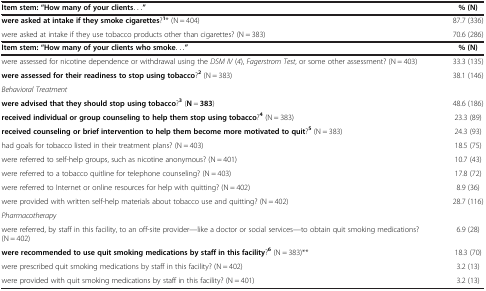
| Item stem: “How many of your clients...” | % (N) |
 | --- | --- |
 | were asked at intake if they smoke cigarettes?1* (N = 404) | 87.7 (336) |
 | were asked at intake if they use tobacco products other than cigarettes? (N = 383) | 70.6 (286) |
 | Item stem: “How many of your clients who smoke...” | % (N) |
 | were assessed for nicotine dependence or withdrawal using the DSM IV (4), Fagerstrom Test, or some other assessment? (N = 403) | 33.3 (135) |
 | were assessed for their readiness to stop using tobacco?2 (N = 383) | 38.1 (146) |
 | <COLSPAN=2> Behavioral Treatment |
 | were advised that they should stop using tobacco?3 (N = 383) | 48.6 (186) |
 | received individual or group counseling to help them stop using tobacco?4 (N = 383) | 23.3 (89) |
 | received counseling or brief intervention to help them become more motivated to quit?5 (N = 383) | 24.3 (93) |
 | had goals for tobacco listed in their treatment plans? (N = 403) | 18.5 (75) |
 | were referred to self-help groups, such as nicotine anonymous? (N = 401) | 10.7 (43) |
 | were referred to a tobacco quitline for telephone counseling? (N = 403) | 17.8 (72) |
 | were referred to Internet or online resources for help with quitting? (N = 402) | 8.9 (36) |
 | were provided with written self-help materials about tobacco use and quitting? (N = 402) | 28.7 (116) |
 | <COLSPAN=2> Pharmacotherapy |
 | were referred, by staff in this facility, to an off-site provider—like a doctor or social services—to obtain quit smoking medications? (N = 402) | 6.9 (28) |
 | were recommended to use quit smoking medications by staff in this facility?6 (N = 383)** | 18.3 (70) |
 | were prescribed quit smoking medications by staff in this facility? (N = 402) | 3.2 (13) |
 | were provided with quit smoking medications by staff in this facility? (N = 401) | 3.2 (13) |